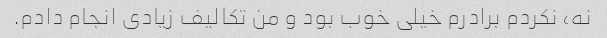
نه، نکردم برادرم خیلی خوب بود و من تکالیف زیادی انجام دادم.